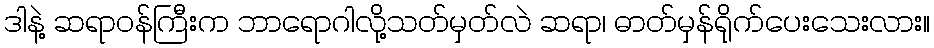
ဒါနဲ့ ဆရာဝန်ကြီးက ဘာရောဂါလို့သတ်မှတ်လဲ ဆရာ၊ ဓာတ်မှန်ရိုက်ပေးသေးလား။